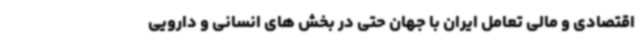
اقتصادی و مالی تعامل ایران با جهان حتی در بخش های انسانی و دارویی